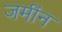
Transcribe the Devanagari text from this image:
जमींन